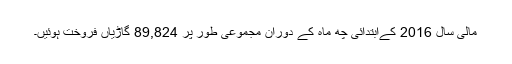
مالی سال 2016 کےابتدائی چھ ماہ کے دوران مجموعی طور پر 89,824 گاڑیاں فروخت ہوئیں۔